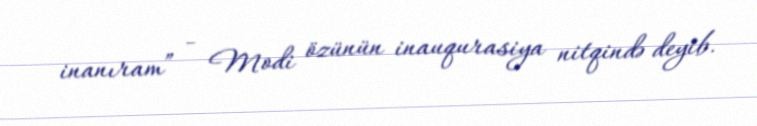
inanıram” - Modi özünün inauqurasiya nitqində deyib.